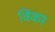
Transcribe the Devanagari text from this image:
विका